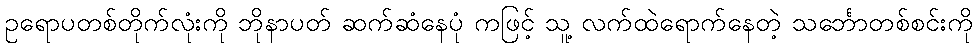
ဥရောပတစ်တိုက်လုံးကို ဘိုနာပတ် ဆက်ဆံနေပုံ ကဖြင့် သူ့ လက်ထဲရောက်နေတဲ့ သင်္ဘောတစ်စင်းကို